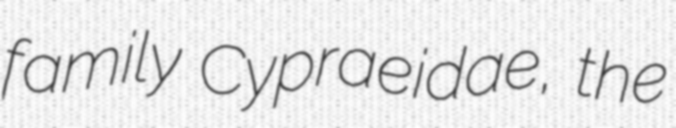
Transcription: family Cypraeidae, the